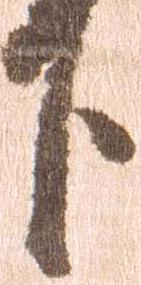
下